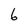
Character: 6